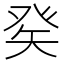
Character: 𤼩